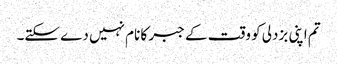
تم اپنی بزدلی کو وقت کے جبر کا نام نہیں دے سکتے۔